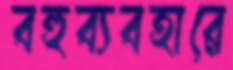
বহুব্যবহারে